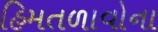
હિમતળાવોના